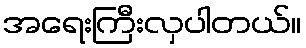
အရေးကြီးလှပါတယ်။